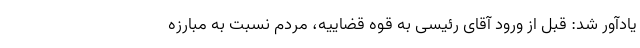
یادآور شد: قبل از ورود آقای رئیسی به قوه قضاییه، مردم نسبت به مبارزه